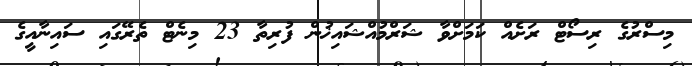
މިސްރުގެ ރިސޯޓް ރަށެއް ކަމަށްވާ ޝަރްމުއްޝައިޚުން ފުރިތާ 23 މިނެޓް ތެރޭގައި ސައިނާއީގެ